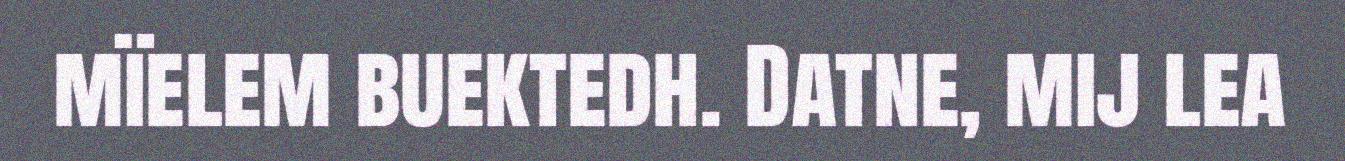
mïelem buektedh. Datne, mij lea